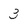
Character: 3